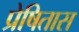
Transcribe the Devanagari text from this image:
प्रेषितास